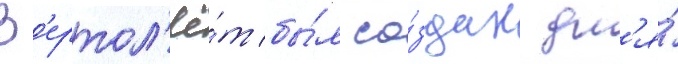
В'ертол'ё́т бы́л со́здан дл'я́